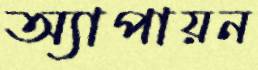
অ্যাপায়ন